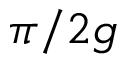
\pi / 2 g